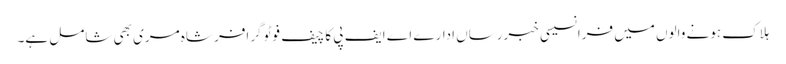
ہلاک ہونے والوں میں فرانسیسی خبررساں ادارے اے ایف پی کا چیف فوٹو گرافر شاہ مری بھی شامل ہے۔